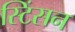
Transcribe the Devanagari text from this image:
स्टिंसन